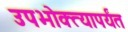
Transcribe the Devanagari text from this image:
उपभोक्त्यापर्यंत